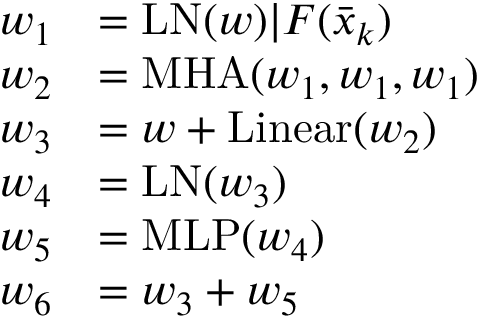
\begin{array} { r l } { w _ { 1 } } & { = \mathrm { L N } ( w ) | F ( \bar { x } _ { k } ) } \\ { w _ { 2 } } & { = \mathrm { M H A } ( w _ { 1 } , w _ { 1 } , w _ { 1 } ) } \\ { w _ { 3 } } & { = w + \mathrm { L i n e a r } ( w _ { 2 } ) } \\ { w _ { 4 } } & { = \mathrm { L N } ( w _ { 3 } ) } \\ { w _ { 5 } } & { = \mathrm { M L P } ( w _ { 4 } ) } \\ { w _ { 6 } } & { = w _ { 3 } + w _ { 5 } } \end{array}